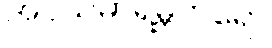
အပ္ပသမာရမ္ဘတရော